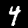
Label: 4